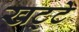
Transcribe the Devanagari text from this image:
खट्‌टे